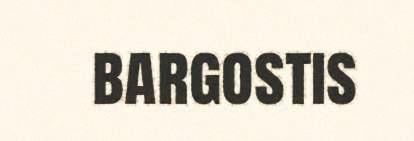
bargostis